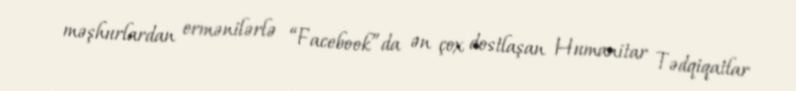
məşhurlardan ermənilərlə “Facebook”da ən çox dostlaşan Humanitar Tədqiqatlar